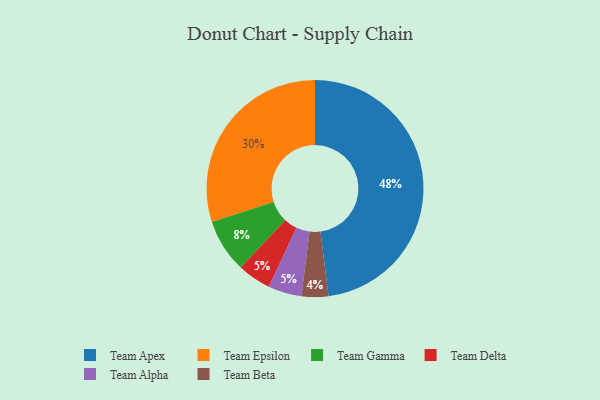
{"axis": {"x": "Category", "y": "Percentage"}, "legend": ["Team Alpha", "Team Apex", "Team Beta", "Team Delta", "Team Epsilon", "Team Gamma"], "data": [{"x": "Team Delta", "y": 5, "type": "Team Delta"}, {"x": "Team Alpha", "y": 5, "type": "Team Alpha"}, {"x": "Team Apex", "y": 48, "type": "Team Apex"}, {"x": "Team Beta", "y": 4, "type": "Team Beta"}, {"x": "Team Epsilon", "y": 30, "type": "Team Epsilon"}, {"x": "Team Gamma", "y": 8, "type": "Team Gamma"}]}